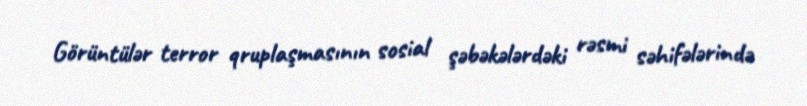
Görüntülər terror qruplaşmasının sosial şəbəkələrdəki rəsmi səhifələrində